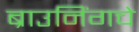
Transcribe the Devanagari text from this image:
ब्राउनिंगचे